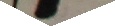
mlit Ulli Waldsburger